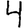
Digit: 4